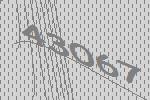
43067